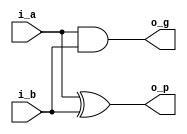
module pg(
  input  wire i_a,
  input  wire i_b,
  output wire o_p,
  output wire o_g
);

assign o_p = i_a ^ i_b;
assign o_g = i_a & i_b;

endmodule